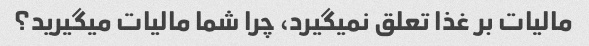
مالیات بر غذا تعلق نمیگیرد، چرا شما مالیات میگیرید؟